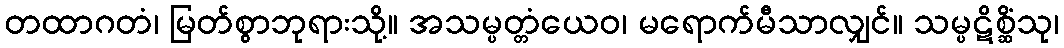
တထာဂတံ၊ မြတ်စွာဘုရားသို့။ အသမ္ပတ္တံယေဝ၊ မရောက်မီသာလျှင်။ သမ္ပဋိစ္ဆိံသု၊